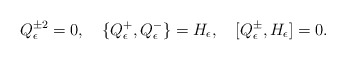
\begin{align*}Q^{\pm2}_{\epsilon}=0,\quad \{Q^{+}_{\epsilon},Q^{-}_{\epsilon}\}=H_{\epsilon},\quad[Q^{\pm}_{\epsilon},H_{\epsilon}]=0.\end{align*}